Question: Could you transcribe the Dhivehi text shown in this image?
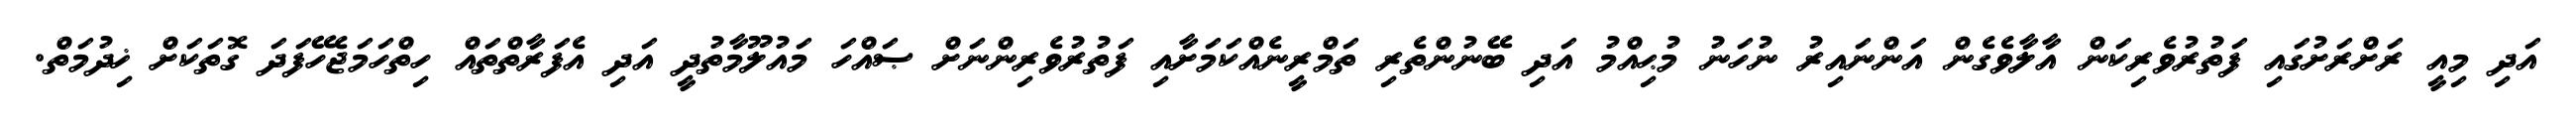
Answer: އަދި މިއީ ރަށްރަށުގައި ފަތުރުވެރިކަން އާލާވެގެން އަންނައިރު ނުހަނު މުޙިއްމު އަދި ބޭނުންތެރި ތަމްރީނެއްކަމަށާއި ފަތުރުވެރިންނަށް ޞައްހަ މައުލޫމާތުދީ އަދި އެފަރާތްތައް ހިތްހަމަޖެހޭފަދަ ގޮތަކަށް ޚިދުމަތް.